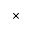
\times